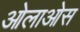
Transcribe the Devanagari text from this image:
ओलाओस